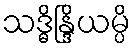
သဒ္ဓိန္ဒြိယမ္ပိ